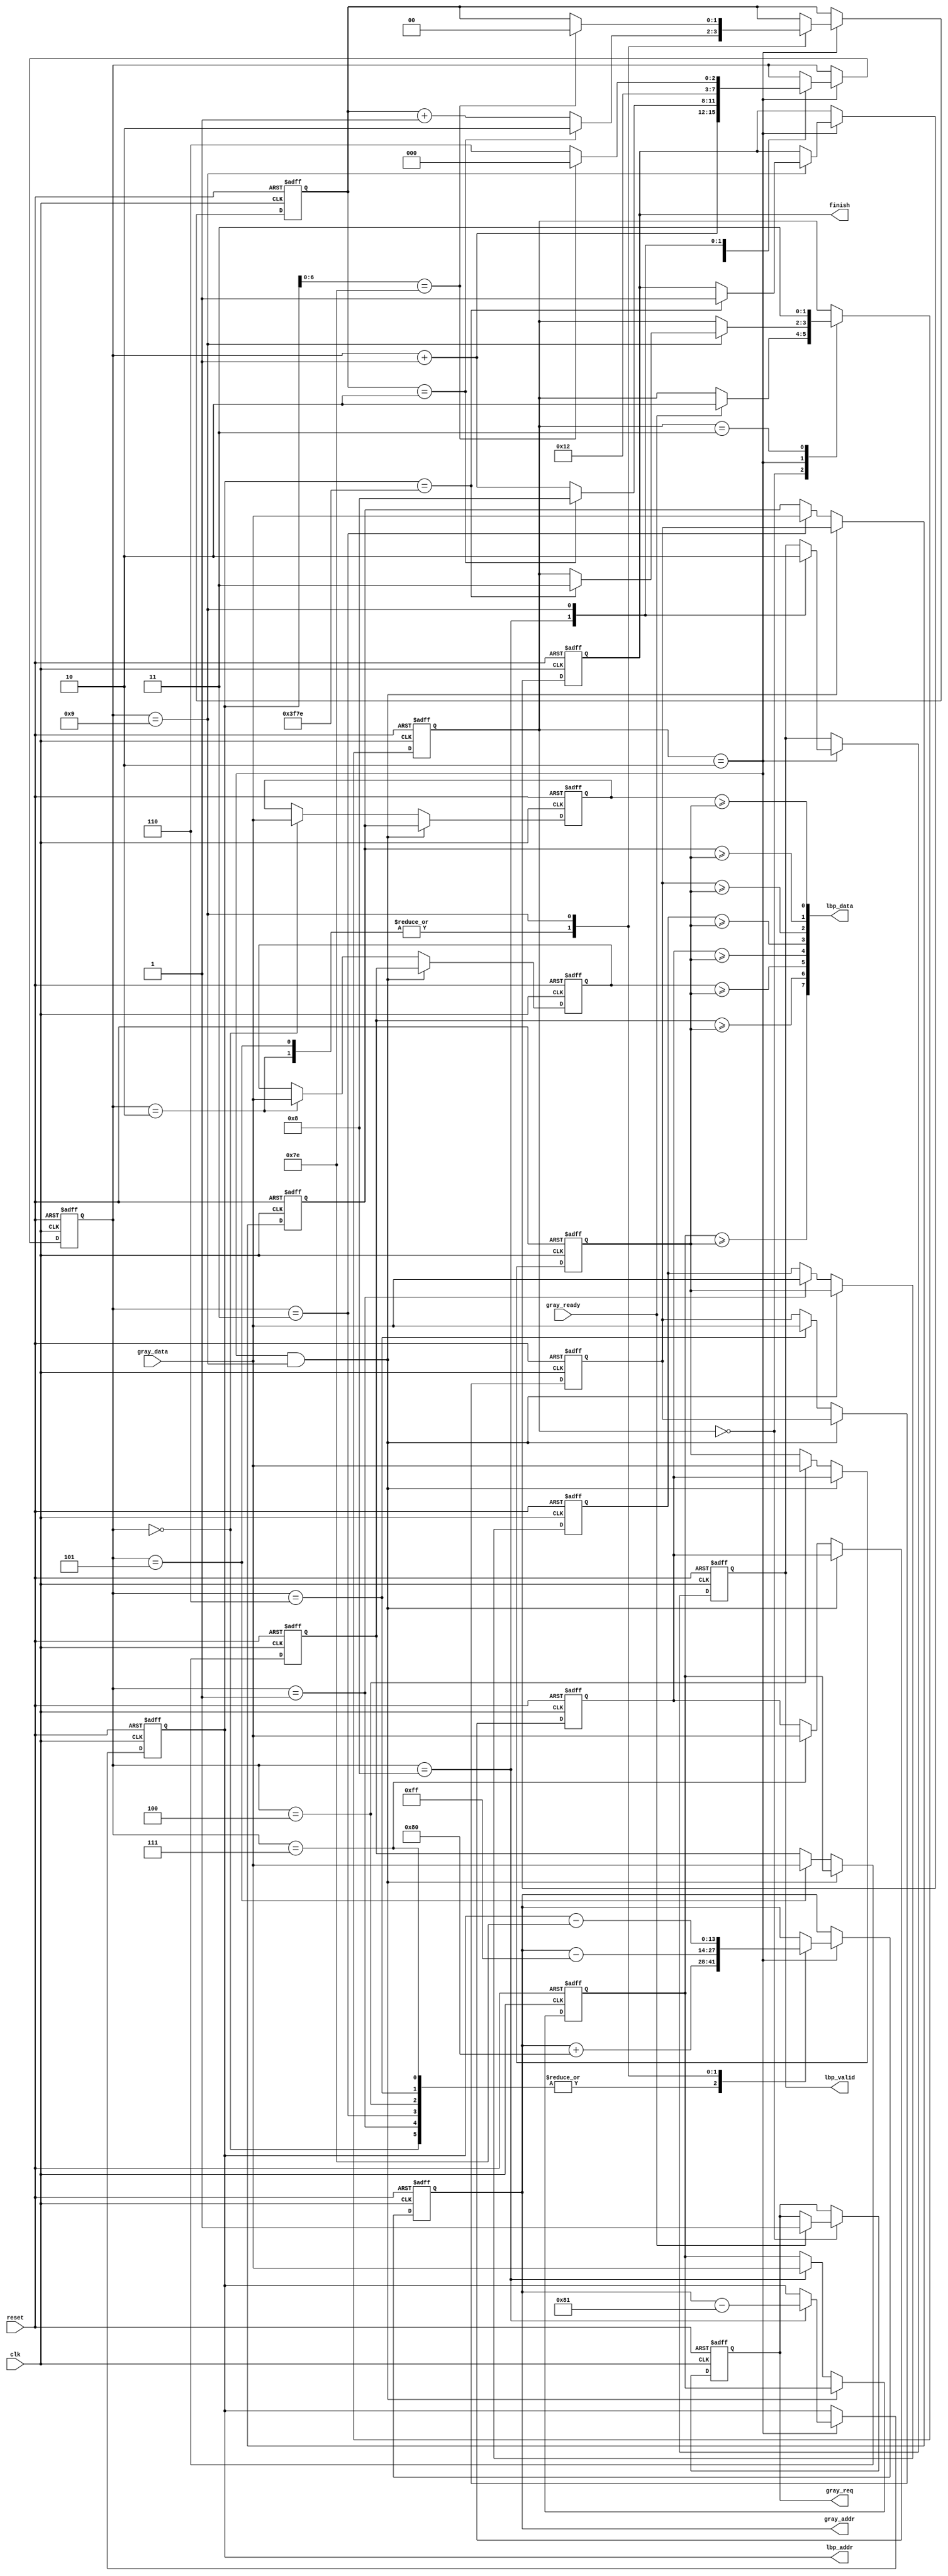

`timescale 1ns/10ps
module LBP ( clk, reset, gray_addr, gray_req, gray_ready, gray_data, lbp_addr, lbp_valid, lbp_data, finish);
  input   	        clk;
  input   	        reset;
  output  reg [13:0] 	gray_addr;
  output  reg        	gray_req;
  input   	        gray_ready;
  input       [7:0] 	gray_data;
  output  reg [13:0] 	lbp_addr;
  output  reg        	lbp_valid;
  output  wire [7:0] 	lbp_data;
  output  reg     	finish;

  parameter IDLE = 0,LOAD=2, DONE=3;

  reg [1:0]cs;
  reg [3:0] i;
  reg [7:0] list [0:8];
  reg [1:0] col;

  integer a;

  always @(posedge clk ,posedge reset)
  begin
    if(reset)
    begin
      for ( a=0 ;a<9 ;a=a+1 )
      begin
        list[a] <=0;
      end
    end
    else if(cs ==LOAD&&i==9)
    begin
      for ( a=0 ;a<6 ;a=a+1 )
      begin
        list[a] <= list[a+3];
      end
    end
    else
    begin
      list[i] <= gray_data;
    end
  end

  assign lbp_data = {(list[8]>=list[4]),
                     (list[5]>=list[4]),
                     (list[2]>=list[4]),
                     (list[7]>=list[4]),
                     (list[1]>=list[4]),
                     (list[6]>=list[4]),
                     (list[3]>=list[4]),
                     (list[0]>=list[4])};

  always @(posedge clk ,posedge reset)
  begin
    if(reset)
    begin
      cs <= IDLE;
      i<=0;
      gray_addr <= 0;
      gray_req <= 0;
      lbp_addr <= 0;
      lbp_valid<=0;
      finish <= 0;
      col<=0;
    end
    else
    begin
      case (cs)
        IDLE:
        begin
          if(gray_ready)
          begin
            cs <= LOAD;
            gray_req <= 1;
          end
        end
        LOAD:
        begin
          case (i)
            0,1,3,4,6,7:
            begin
              gray_addr <= gray_addr+128;
              i<=i+1;
            end
            2,5:
            begin
              gray_addr <= gray_addr-255;
              col <= (col==2)? 2: col+1;
              i   <= (col==2)? 8: i+1;
            end
            8:
            begin
              lbp_addr <= gray_addr -129;
              lbp_valid <= 1;
              i<=9;
            end
            9:
            begin
              lbp_valid<=0;
              if(lbp_addr == 16254)
              begin
                cs <= DONE;
                finish <= 1;
              end

              gray_addr <= lbp_addr - 126;
              if(lbp_addr[6:0]==8'h7E)
              begin
                col<=0;
                i<=0;
              end
              else
              begin
                i<=6;
              end
            end
          endcase
        end
        DONE:
        begin
          cs <= DONE;
        end
      endcase
    end
  end
endmodule